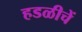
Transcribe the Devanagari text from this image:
हडळीचें